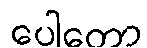
ပေါတော